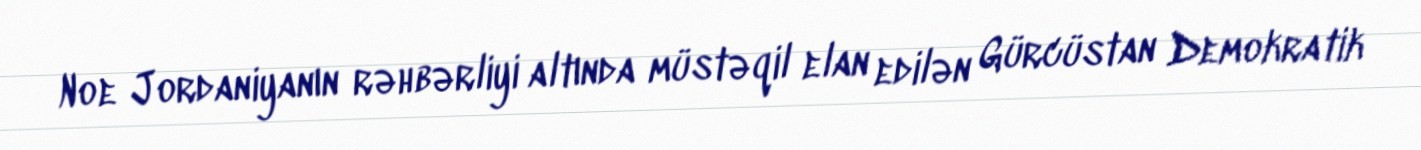
Noe Jordaniyanın rəhbərliyi altında müstəqil elan edilən Gürcüstan Demokratik